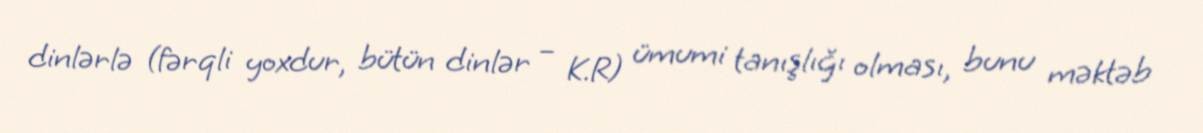
dinlərlə (fərqli yoxdur, bütün dinlər – K.R) ümumi tanışlığı olması, bunu məktəb